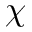
\chi